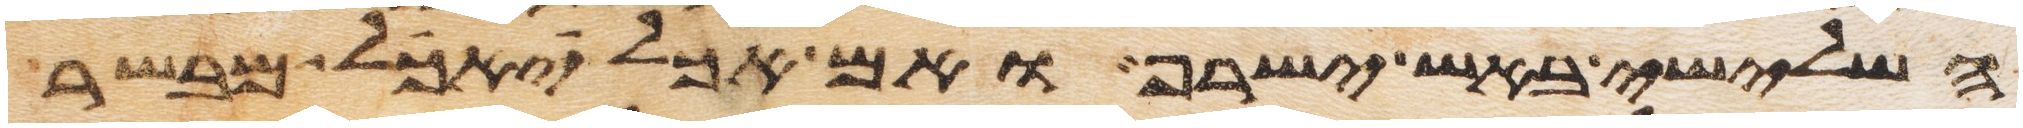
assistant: השלישי באש ישרף ואם אכל יאכל מבשר